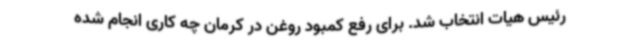
رئیس هیات انتخاب شد. برای رفع کمبود روغن در کرمان چه کاری انجام شده